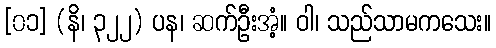
[၀၁] (နိ၊ ၃၂၂) ပန၊ ဆက်ဦးအံ့။ ဝါ၊ သည်သာမကသေး။